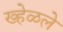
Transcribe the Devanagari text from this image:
ख्हेळले